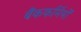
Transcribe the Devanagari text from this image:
बैंककर्मियों